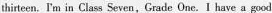
thirteen. I'm in Class Seven,Grade One.I have a gocd